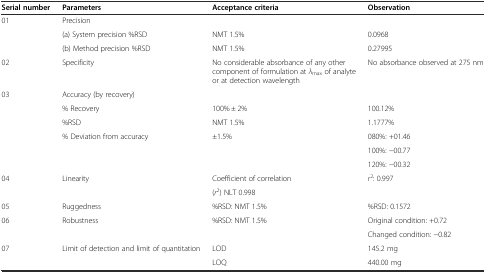
<table><thead><tr><td><b>Serial number</b></td><td><b>Parameters</b></td><td><b>Acceptance criteria</b></td><td><b>Observation</b></td></tr></thead><tbody><tr><td rowspan="3">01</td><td>Precision</td><td></td><td></td></tr><tr><td>(a) System precision %RSD</td><td>NMT 1.5%</td><td>0.0968</td></tr><tr><td>(b) Method precision %RSD</td><td>NMT 1.5%</td><td>0.27995</td></tr><tr><td>02</td><td>Specificity</td><td>No considerable absorbance of any other component of formulation at <i>λ</i><sub>max</sub> of analyte or at detection wavelength</td><td>No absorbance observed at 275 nm</td></tr><tr><td rowspan="6">03</td><td colspan="2">Accuracy (by recovery)</td><td></td></tr><tr><td>% Recovery</td><td>100% ± 2%</td><td>100.12%</td></tr><tr><td>%RSD</td><td>NMT 1.5%</td><td>1.1777%</td></tr><tr><td rowspan="3">% Deviation from accuracy</td><td>±1.5%</td><td>080%: +01.46</td></tr><tr><td></td><td>100%: −00.77</td></tr><tr><td></td><td>120%: −00.32</td></tr><tr><td rowspan="2">04</td><td rowspan="2">Linearity</td><td>Coefficient of correlation</td><td rowspan="2"><i>r</i><sup>2</sup>: 0.997</td></tr><tr><td>(<i>r</i><sup>2</sup>) NLT 0.998</td></tr><tr><td>05</td><td>Ruggedness</td><td>%RSD: NMT 1.5%</td><td>%RSD: 0.1572</td></tr><tr><td rowspan="2">06</td><td rowspan="2">Robustness</td><td rowspan="2">%RSD: NMT 1.5%</td><td>Original condition: +0.72</td></tr><tr><td>Changed condition: −0.82</td></tr><tr><td rowspan="2">07</td><td rowspan="2">Limit of detection and limit of quantitation</td><td>LOD</td><td>145.2 mg</td></tr><tr><td>LOQ</td><td>440.00 mg</td></tr></tbody></table>